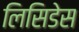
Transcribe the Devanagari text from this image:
लिसिडेस